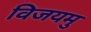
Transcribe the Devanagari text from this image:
विजयमु